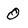
Character: O